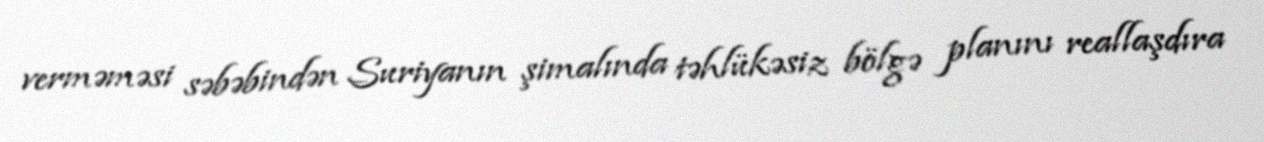
verməməsi səbəbindən Suriyanın şimalında təhlükəsiz bölgə planını reallaşdıra